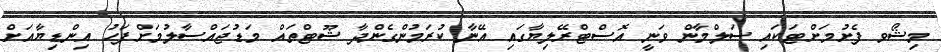
މިޝޯވ ފެށުމަށްޓަކައި ސަލްމާން ވަނީ އޮސްޓްރޭލިޔާގައި އޭނާ ކުރަމުންގެންދާ ޝޫޓްތައް މަޑުޖައްސާލުމަށްފަހު އިންޑިޔާއަށް